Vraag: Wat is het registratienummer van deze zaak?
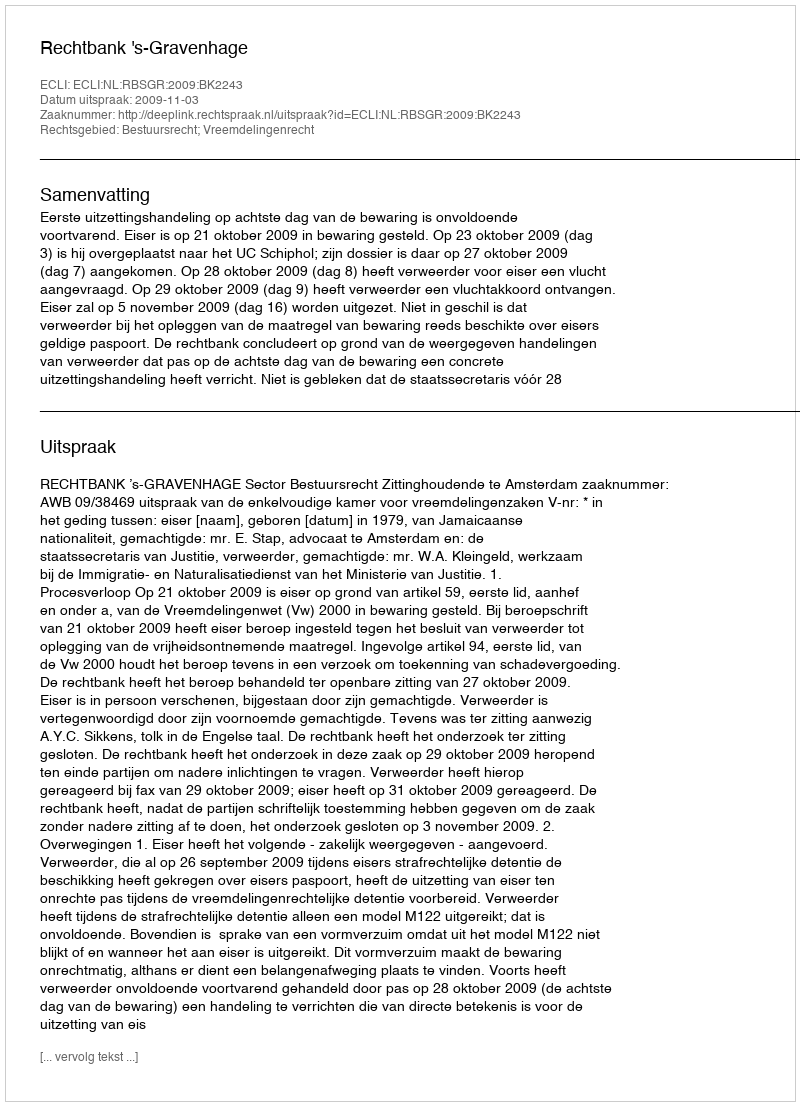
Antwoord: http://deeplink.rechtspraak.nl/uitspraak?id=ECLI:NL:RBSGR:2009:BK2243